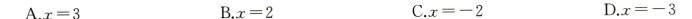
A.$$x = 3$$ B.$$x = 2$$ C.$$x = - 2$$ D.$$x = - 3$$